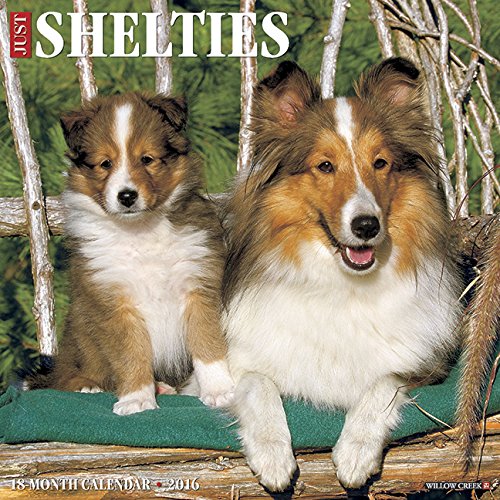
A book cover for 2016 Just Shelties Wall Calendar; Willow Creek Press; Calendars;